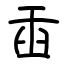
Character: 臿